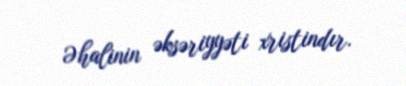
Əhalinin əksəriyyəti xristindır.